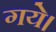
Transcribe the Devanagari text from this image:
गयेे।